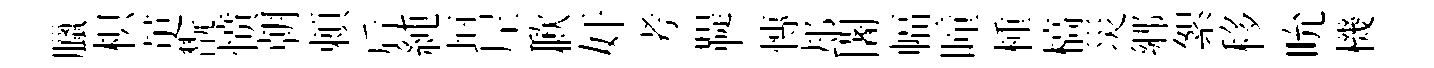
臘枳茰翫愤朝頼后純垣𡰱歉奸考鞮慱𨚫闍幅曈㮔槁災郷絮移吮機